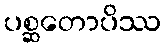
ပစ္ဆတောပိဿ